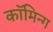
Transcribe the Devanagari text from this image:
कॉमिन्ग